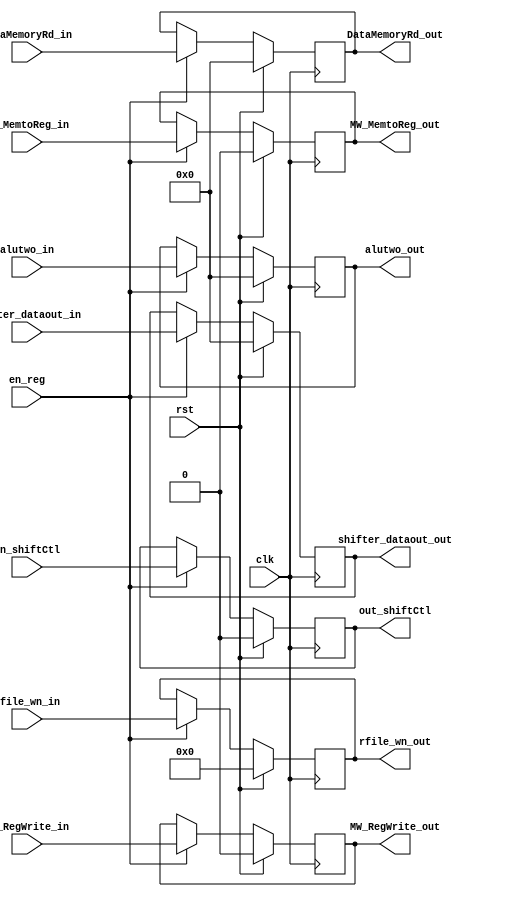
module mem_wb (  clk, rst, en_reg, alutwo_in, alutwo_out,DataMemoryRd_out, DataMemoryRd_in, rfile_wn_in, rfile_wn_out, in_shiftCtl, out_shiftCtl, 
                 MW_MemtoReg_in, MW_RegWrite_in, MW_MemtoReg_out, MW_RegWrite_out, shifter_dataout_in, shifter_dataout_out );
    input clk, rst, en_reg;
	input[4:0] rfile_wn_in ;
    input[31:0]	alutwo_in, DataMemoryRd_in;
    output[31:0] alutwo_out, DataMemoryRd_out;
	output[4:0]  rfile_wn_out ;
    reg [31:0] alutwo_out, DataMemoryRd_out;
	reg[4:0]  rfile_wn_out ;
    input MW_MemtoReg_in, MW_RegWrite_in, in_shiftCtl;
	output MW_MemtoReg_out, MW_RegWrite_out, out_shiftCtl;
	reg MW_MemtoReg_out, MW_RegWrite_out, out_shiftCtl;
	
	input[31:0] shifter_dataout_in ;
	output[31:0] shifter_dataout_out ;
	reg[31:0] shifter_dataout_out ;
	
	always @( posedge clk ) begin
        if ( rst )
			shifter_dataout_out <= 32'b0;
        else if ( en_reg )
			shifter_dataout_out <= shifter_dataout_in;
    end
	
    always @( posedge clk ) begin
        if ( rst )
			rfile_wn_out <= 32'b0;
        else if ( en_reg )
			rfile_wn_out <= rfile_wn_in;
    end
   
    always @( posedge clk ) begin
        if ( rst )
			alutwo_out <= 32'b0;
        else if ( en_reg )
			alutwo_out <= alutwo_in;
    end

    always @( posedge clk ) begin
        if ( rst )
			DataMemoryRd_out <= 32'b0;
        else if ( en_reg )
			DataMemoryRd_out <= DataMemoryRd_in;
    end
	
	
	// =====
	
	always @( posedge clk ) begin
        if ( rst )
		    MW_MemtoReg_out <= 1'd0;
		else if ( en_reg )
		    MW_MemtoReg_out <= MW_MemtoReg_in;

    end
	
	always @( posedge clk ) begin
        if ( rst )
		    MW_RegWrite_out <= 1'd0;
		else if ( en_reg )
			MW_RegWrite_out <= MW_RegWrite_in;

    end

	always @( posedge clk ) begin
        if ( rst )
		    out_shiftCtl <= 1'd0;
		else if ( en_reg )
			out_shiftCtl <= in_shiftCtl;

    end
endmodule